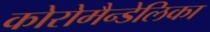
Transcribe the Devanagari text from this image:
कोरोमैन्डेलिका